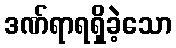
ဒဏ်ရာရရှိခဲ့သော